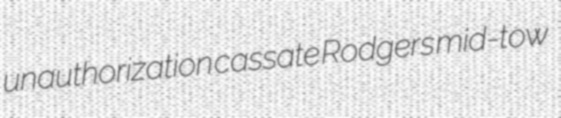
unauthorization cassate Rodgers mid-tow